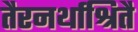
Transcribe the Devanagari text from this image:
तैरनर्थाश्रितै